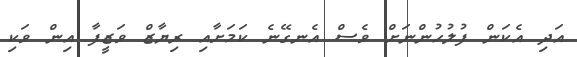
އަދި އެކަން ފުލުހުންނަށް ވެސް އެނގޭނެ ކަމަށާއި ރިޔާޒް ވަޒީފާ އިން ވަކި